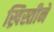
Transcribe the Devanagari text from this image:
ख्रिस्तीने